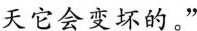
天它会变坏的。”